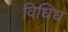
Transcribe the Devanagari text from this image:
विधिध